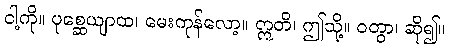
ငါ့ကို။ ပုစ္ဆေယျာထ၊ မေးကုန်လော့။ ဣတိ၊ ဤသို့။ ဝတွာ၊ ဆို၍။